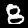
Digit: 8